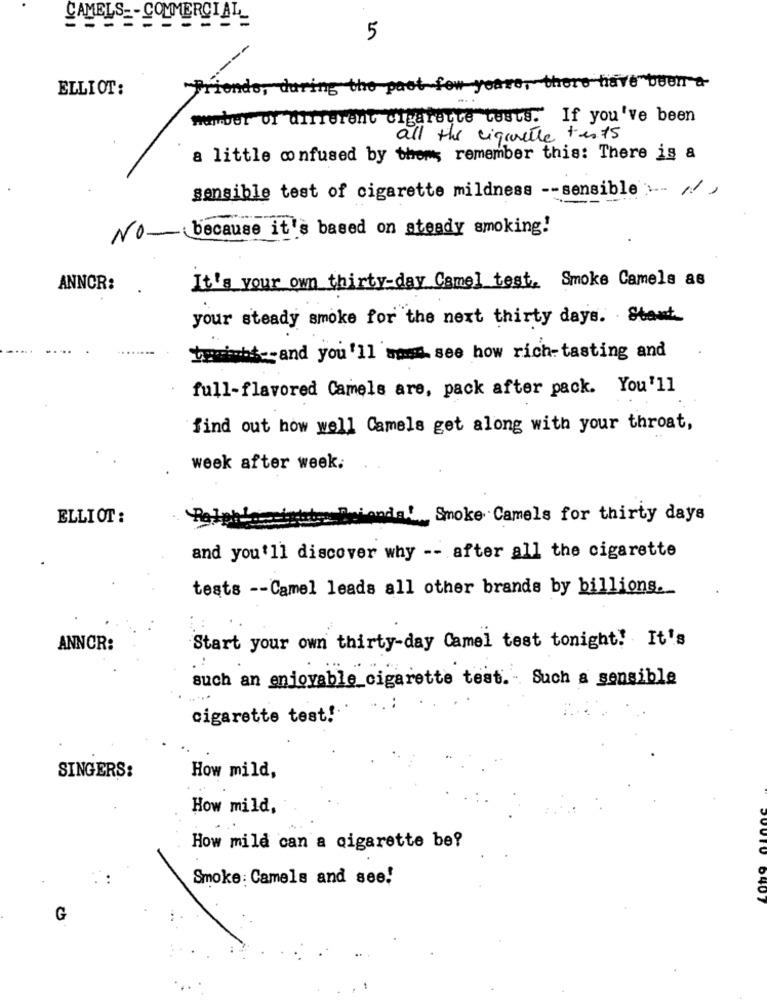
CAMELS
COMMERCIAL
5
ELLIOT:
Friends, during the past few years, there have been a
member of different cigarette tests. If you've been
all the ciquelle tests
a little confused by them, remember this: There is a
sensible test of cigarette mildness -- sensible
No- because it's based on steady smoking!
ANNOR:
It's your own thirty-day Camel test. Smoke Camels as
your steady smoke for the next thirty days. Stant.
twoichte and you'll see how rich-tasting and
full-flavored Camels are, pack after pack. You'll
find out how well Camels get along with your throat,
week after week.
ELLIOT :
Smoke Camels for thirty days
and you'll discover why -- after all the cigarette
tests -- Camel leads all other brands by billions.
ANNOR:
Start your own thirty-day Camel test tonight! It's
such an enjoyable_cigarette test .- Such a sensible
cigarette test!"
SINGERS:
How mild,
How mild,
How mild can a cigarette be?
Smoke: Camels and see!
G